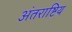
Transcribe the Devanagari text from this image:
अंतराष्टिय